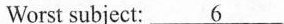
Worst subject: \underline{6}